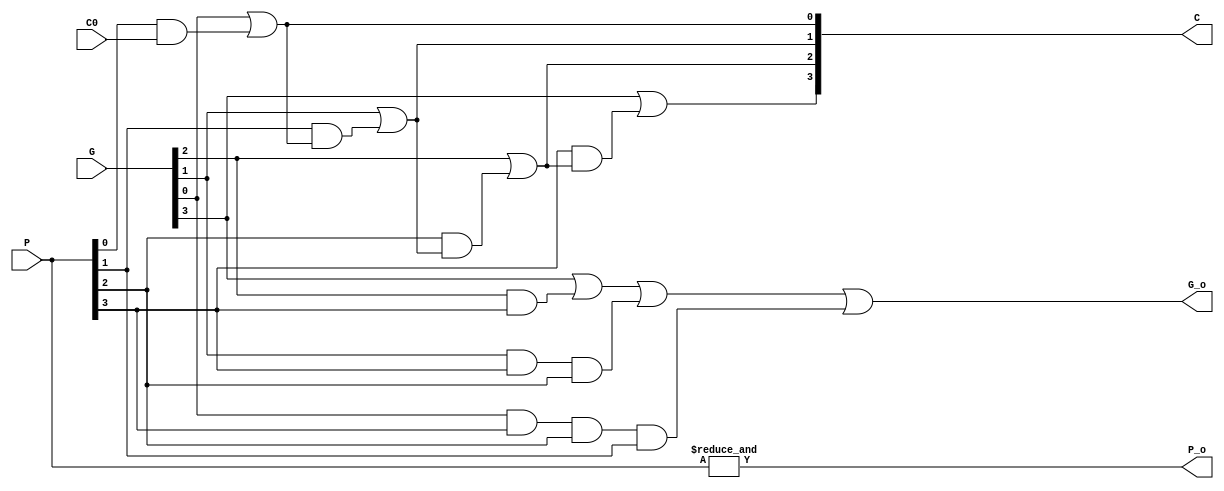
module Carry_Lookahead_Circuit
(
    input   [3:0]   P   ,       //Full Adder Sum
    input   [3:0]   G   ,       //Full Adder Carry out
    input           C0  ,       //Carry in

    output  [3:0]   C   ,
    output          P_o ,
    output          G_o           
);

    assign C[0] = G[0] | (P[0] & C0);
    assign C[1] = G[1] | (P[1] & C[0]); 
    assign C[2] = G[2] | (P[2] & C[1]);
    assign C[3] = G[3] | (P[3] & C[2]);

    assign P_o = &P;
    assign G_o = G[3] | (G[2] & P[3]) | (G[1] & P[3] & P[2]) | (G[0] & P[3] & P[2] & P[1]);

endmodule